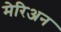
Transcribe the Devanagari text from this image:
मेरिअन